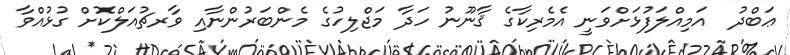
ޢަބްދު  އަމިއްލަފުޅަށްވަނީ އެމެރިކާގެ ޤާނޫނު ހަދާ މަޖްލިހުގެ މެންބަރުންނާއި ވާރޗުއަލްކޮށް ގުޅުއްވާ